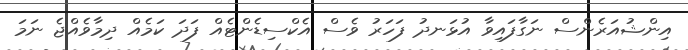
އިންޝުއަރެންސް ނަގާފައިވާ އުޅަނދު ފަހަރު ވެސް އެކްސިޑެންޓެއް ފަދަ ކަމެއް ދިމާވެއްޖެ ނަމަ